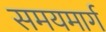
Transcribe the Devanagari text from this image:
समयमार्ग